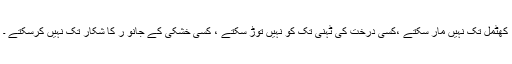
کھٹمل تک نہیں مار سکتے ،کسی درخت کی ٹہنی تک کو نہیں توڑ سکتے ، کسی خشکی کے جانو ر کا شکار تک نہیں کرسکتے ۔